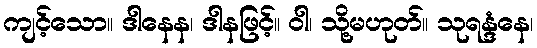
ကျင့်သော။ ဒါနေန၊ ဒါနဖြင့်။ ဝါ၊ သို့မဟုတ်။ သုရန္ဒံနေ၊